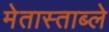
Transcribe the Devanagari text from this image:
मेतास्ताब्ले